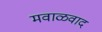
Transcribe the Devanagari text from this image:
मवाळवाद